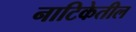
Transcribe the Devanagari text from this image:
नाटिकेतील